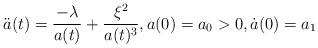
LaTeX: \begin{align*}\ddot{a}(t)=\frac{-\lambda}{a(t)}+\frac{\xi^{2}}{a(t)^{3}},a(0)=a_{0}>0,\dot{a}(0)=a_{1} \end{align*}